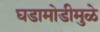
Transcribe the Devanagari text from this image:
घडामोडीमुळे